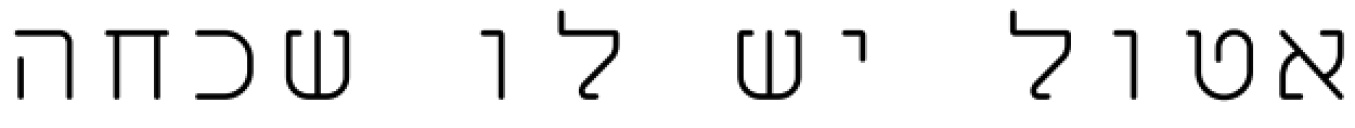
אטול יש לו שכחה